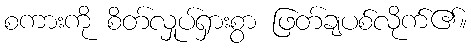
စကားကို စိတ်လှုပ်ရှားစွာ ဖြတ်ချပစ်လိုက်၏။